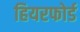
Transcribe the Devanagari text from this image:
हियरफोर्ड